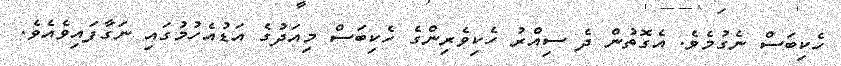
ހެކިބަސް ނެގުމެވެ. އެގޮތުން ދެ ސިއްރު ހެކިވެރިންގެ ހެކިބަސް މިއަދުގެ އަޑުއެހުމުގައި ނަގާފައިވެއެވެ.